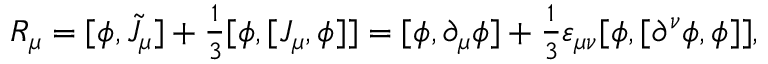
R _ { \mu } = [ \phi , \tilde { J } _ { \mu } ] + { \textstyle \frac 1 3 } [ \phi , [ J _ { \mu } , \phi ] ] = [ \phi , \partial _ { \mu } \phi ] + { \textstyle \frac 1 3 } \varepsilon _ { \mu \nu } [ \phi , [ \partial ^ { \nu } \phi , \phi ] ] ,